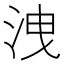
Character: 洩